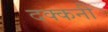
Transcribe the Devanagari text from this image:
दक्‍कनी